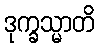
ဒုက္ခသ္မာတိ